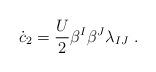
LaTeX: \begin{align*}\dot c_2 = \frac{U}2 \beta^I\beta^J \lambda_{IJ}~.\end{align*}